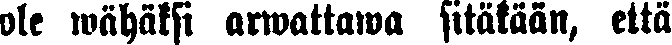
ole wähäksi arwattawa sitäkään, että